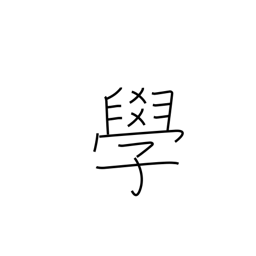
Meaning: knowledge